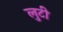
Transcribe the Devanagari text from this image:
लुटी